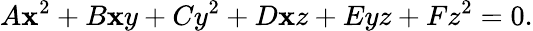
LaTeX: A\mathbf{x}^{2}+B\mathbf{x}y+Cy^{2}+D\mathbf{x}z+Eyz+Fz^{2}=0.